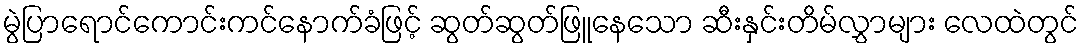
မွဲပြာရောင်ကောင်းကင်နောက်ခံဖြင့် ဆွတ်ဆွတ်ဖြူနေသော ဆီးနှင်းတိမ်လွှာများ လေထဲတွင်